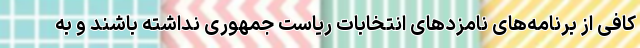
کافی از برنامه‌های نامزدهای انتخابات ریاست جمهوری نداشته باشند و به